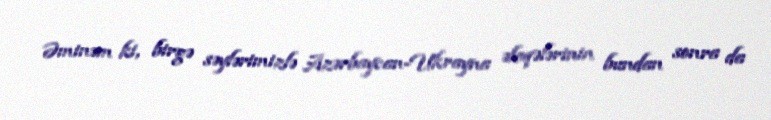
Əminəm ki, birgə səylərimizlə Azərbaycan-Ukrayna əlaqələrinin bundan sonra da